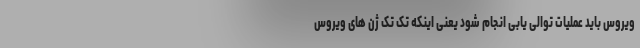
ویروس باید عملیات توالی یابی انجام شود یعنی اینکه تک تک ژن های ویروس